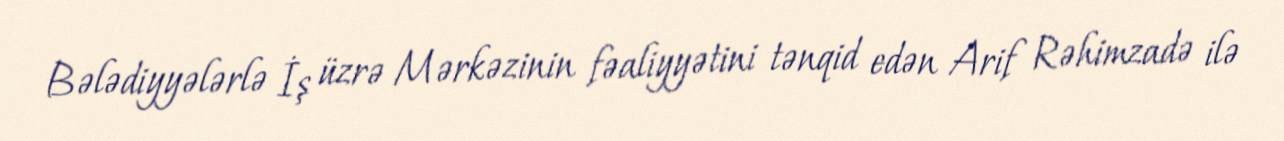
Bələdiyyələrlə İş üzrə Mərkəzinin fəaliyyətini tənqid edən Arif Rəhimzadə ilə